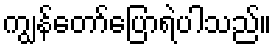
ကျွန်တော်ပြောရဲပါသည်။